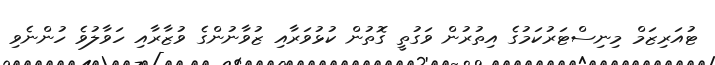
ޓުއަރިޒަމް މިނިސްޓަރުކަމުގެ އިތުރުން ވަގުތީ ގޮތުން ކުޅުވަރާއި ޒުވާނުންގެ ވުޒާރާއި ހަވާލުވެ ހުންނެވި